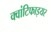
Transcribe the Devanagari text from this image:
क्वांटिफाइयर